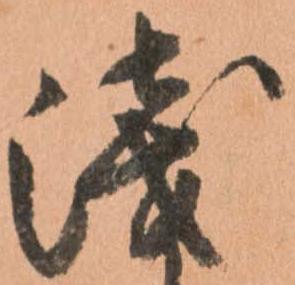
浅